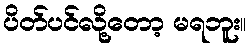
ပိတ်ပင်လို့တော့ မရဘူး။